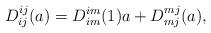
LaTeX: \begin{align*}D^{ij}_{ij}(a)=D^{im}_{im}(1)a+D^{mj}_{mj}(a),\end{align*}